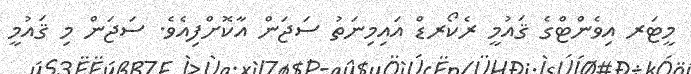
މީޓަރ އިވެންޓްގެ ޤައުމީ ރެކޯރޑް އައިމިނަތު ސަޖަން އާކޮށްފިއެވެ. ސަޖަން މި ޤައުމީ